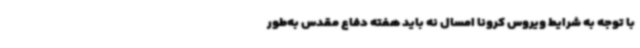
با توجه به شرایط ویروس کرونا امسال نه باید هفته دفاع مقدس به‌طور